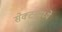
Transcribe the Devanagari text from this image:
सेक्टरमध्ये